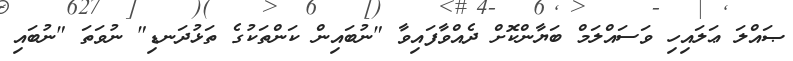
ޞައްލަ ޢަލައިހި ވަސައްލަމް ބަޔާންކޮށް ދެއްވާފައިވާ "ނުބައިން ކަންތަކުގެ ތަޅުދަނޑި" ނުވަތަ "ނުބައި